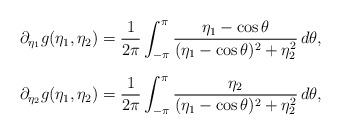
LaTeX: \begin{align*}\begin{array}{c}\displaystyle \partial_{\eta_1} g (\eta_1,\eta_2)= \frac{1}{2\pi} \int_{-\pi}^{\pi} \frac{\eta_1-\cos\theta}{(\eta_1-\cos\theta)^2 + \eta_2^2}\,d\theta,\bigskip\\\displaystyle \partial_{\eta_2} g (\eta_1,\eta_2)= \frac{1}{2\pi} \int_{-\pi}^{\pi} \frac{\eta_2}{(\eta_1-\cos\theta)^2 + \eta_2^2}\,d\theta,\end{array}\end{align*}